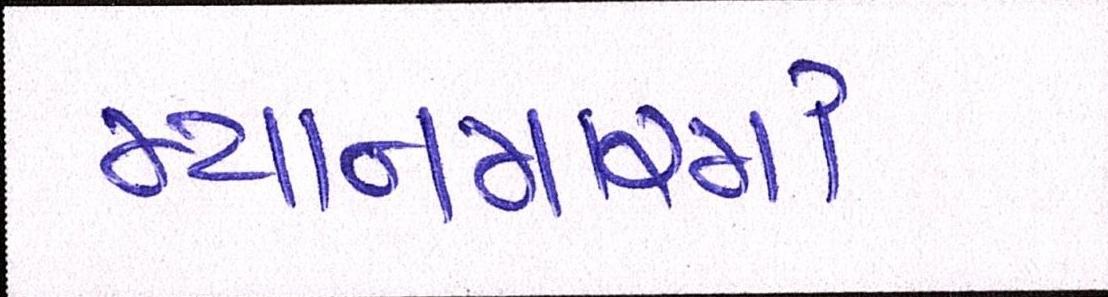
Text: મ્યાનમારમાં